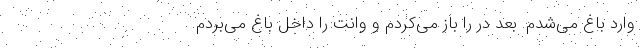
وارد باغ می‌شدم. بعد درِ را باز می‌کردم و وانت را داخل باغ می‌بردم.